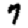
Digit: 7